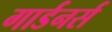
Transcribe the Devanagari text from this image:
गार्डनर्स